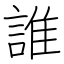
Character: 誰